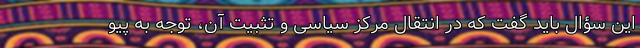
این سؤال باید گفت که در انتقال مرکز سیاسی و تثبیت آن، توجه به پیو